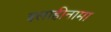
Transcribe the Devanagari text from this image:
इलाहीनामा